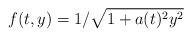
LaTeX: \begin{align*}f(t,y)=1/\sqrt{1+a(t)^2y^2}\end{align*}